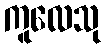
ကူလေသု